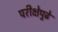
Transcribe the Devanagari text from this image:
परीक्षेपुढे